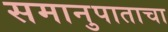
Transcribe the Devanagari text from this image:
समानुपाताचा